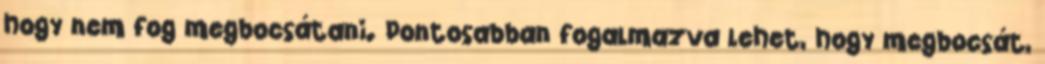
hogy nem fog megbocsátani. Pontosabban fogalmazva lehet, hogy megbocsát,